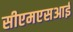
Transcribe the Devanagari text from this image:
सीएमएसआई